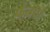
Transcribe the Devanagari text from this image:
फॅनचा